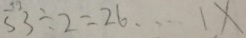
5 3 \div 2 = 2 6 \cdots 1 x